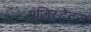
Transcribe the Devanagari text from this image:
मजिस्ट्रेट्स